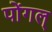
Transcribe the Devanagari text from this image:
पोंगल्